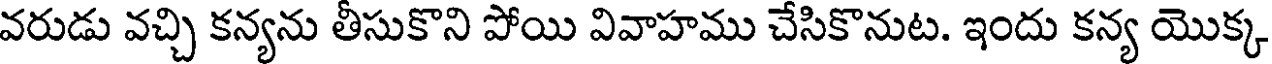
వరుడు వచ్చి కన్యను తీసుకొని పోయి వివాహము చేసికొనుట. ఇందు కన్య యొక్క